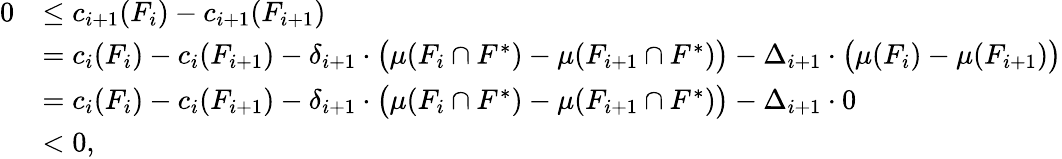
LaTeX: \begin{array}{rl}{0}&{\le c_{i+1}(F_{i})-c_{i+1}(F_{i+1})}\\ {}&{=c_{i}(F_{i})-c_{i}(F_{i+1})-\delta_{i+1}\cdot\big(\mu(F_{i}\cap F^{*})-\mu(F_{i+1}\cap F^{*})\big)-\Delta_{i+1}\cdot\big(\mu(F_{i})-\mu(F_{i+1})\big)}\\ {}&{=c_{i}(F_{i})-c_{i}(F_{i+1})-\delta_{i+1}\cdot\big(\mu(F_{i}\cap F^{*})-\mu(F_{i+1}\cap F^{*})\big)-\Delta_{i+1}\cdot 0}\\ {}&{<0,}\end{array}